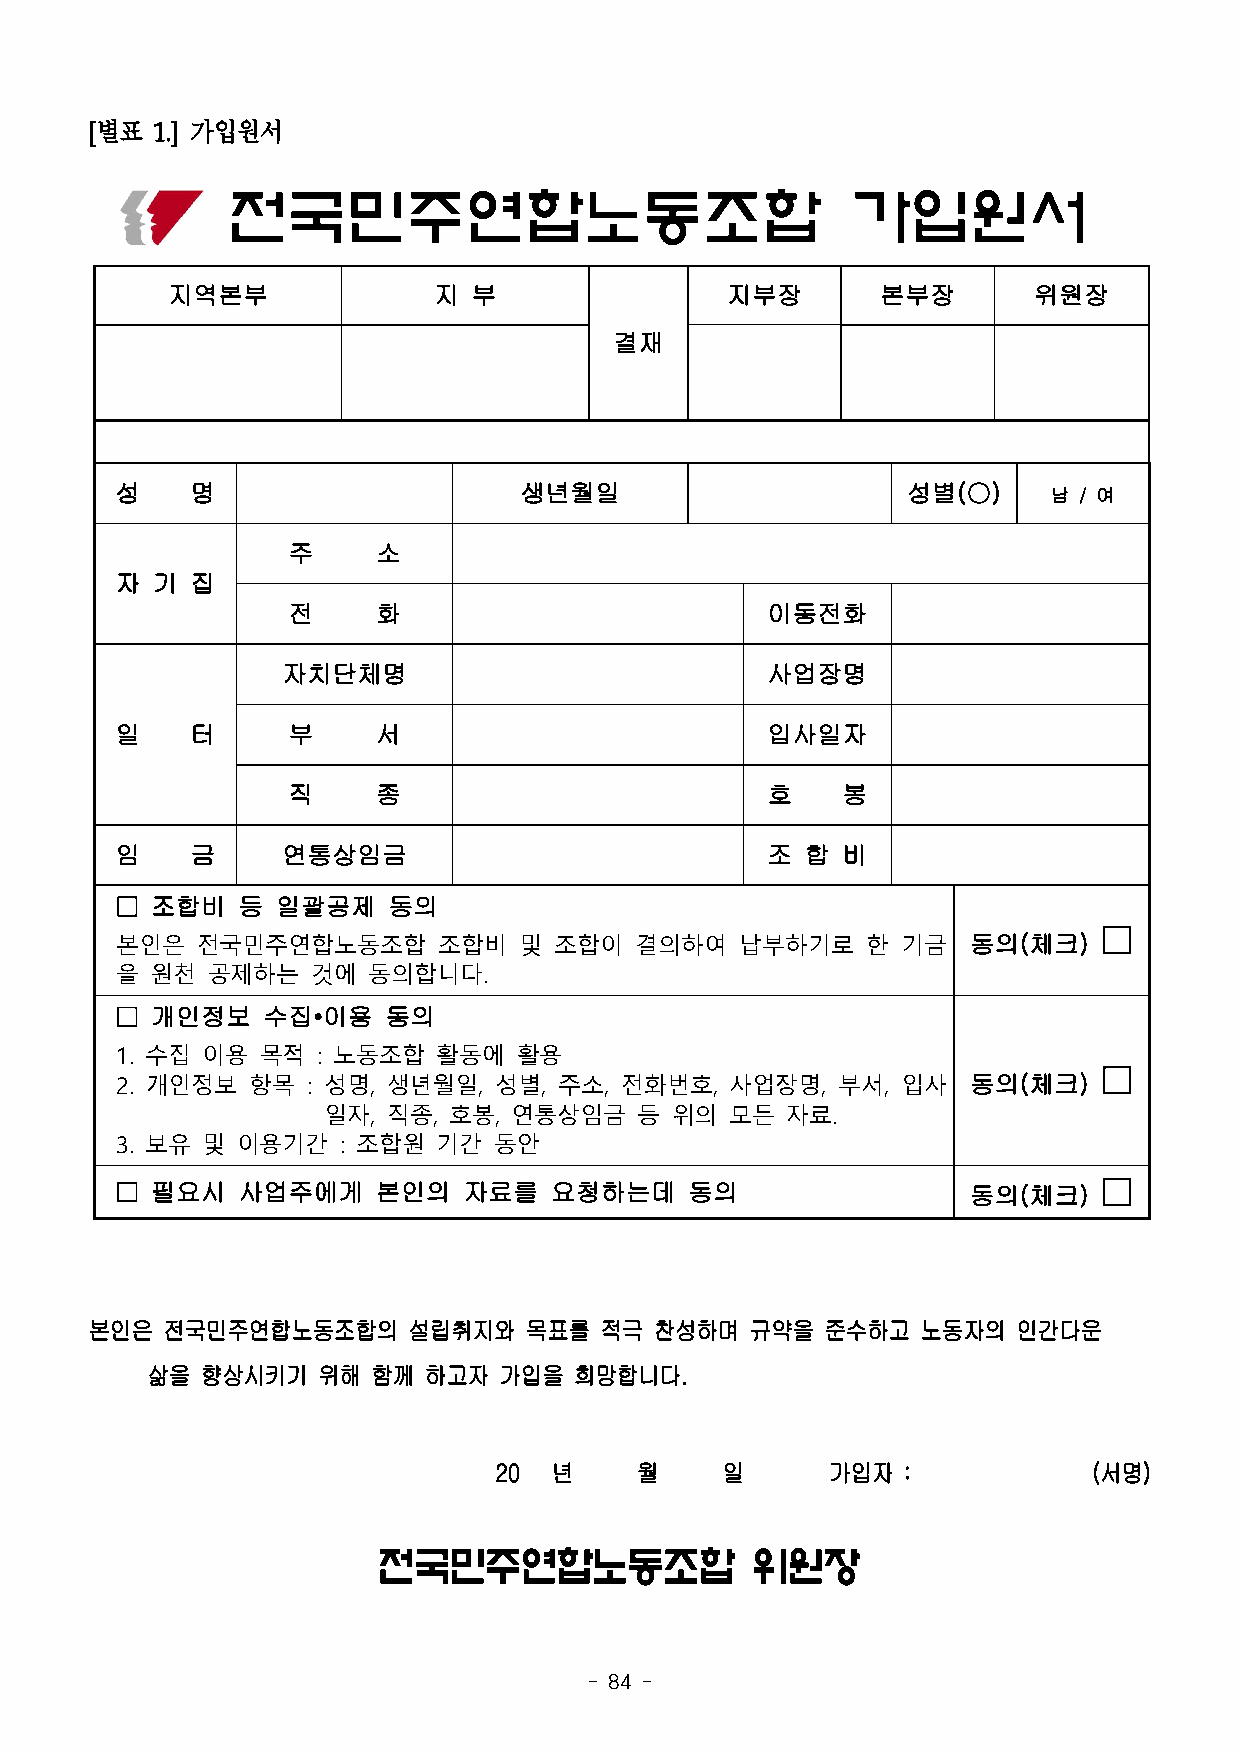
[별표 1.] 가입원서
 전국민주연합노동조합                               가입원서
 지역본부              지 부                지부장       본부장       위원장
 결재
 성    명                    생년월일                      성별(○)     남 / 여
 주     소
 자 기  집
 전     화                         이동전화
 자치단체명                           사업장명
 일    터     부     서                         입사일자
 직     종                         호    봉
 임    금     연통상임금                           조 합  비
 □ 조합비   등 일괄공제    동의
 □
 본인은  전국민주연합노동조합      조합비  및  조합이  결의하여   납부하기로   한  기금  동의(체크)
 을 원천  공제하는   것에 동의합니다.
 □ 개인정보   수집•이용    동의
 1. 수집 이용 목적  : 노동조합  활동에  활용
 □
 2. 개인정보 항목  : 성명, 생년월일,  성별, 주소, 전화번호,  사업장명,  부서,  입사  동의(체크)
 일자,  직종, 호봉, 연통상임금   등 위의  모든  자료.
 3. 보유 및 이용기간  : 조합원  기간  동안
 □ 필요시   사업주에게    본인의   자료를  요청하는데     동의                동의(체크)   □
 본인은  전국민주연합노동조합의     설립취지와   목표를  적극 찬성하며   규약을  준수하고  노동자의  인간다운
 삶을 향상시키기   위해  함께 하고자  가입을  희망합니다.
 20  년    월     일      가입자  :           (서명)
 전국민주연합노동조합               위원장
 - 84 -